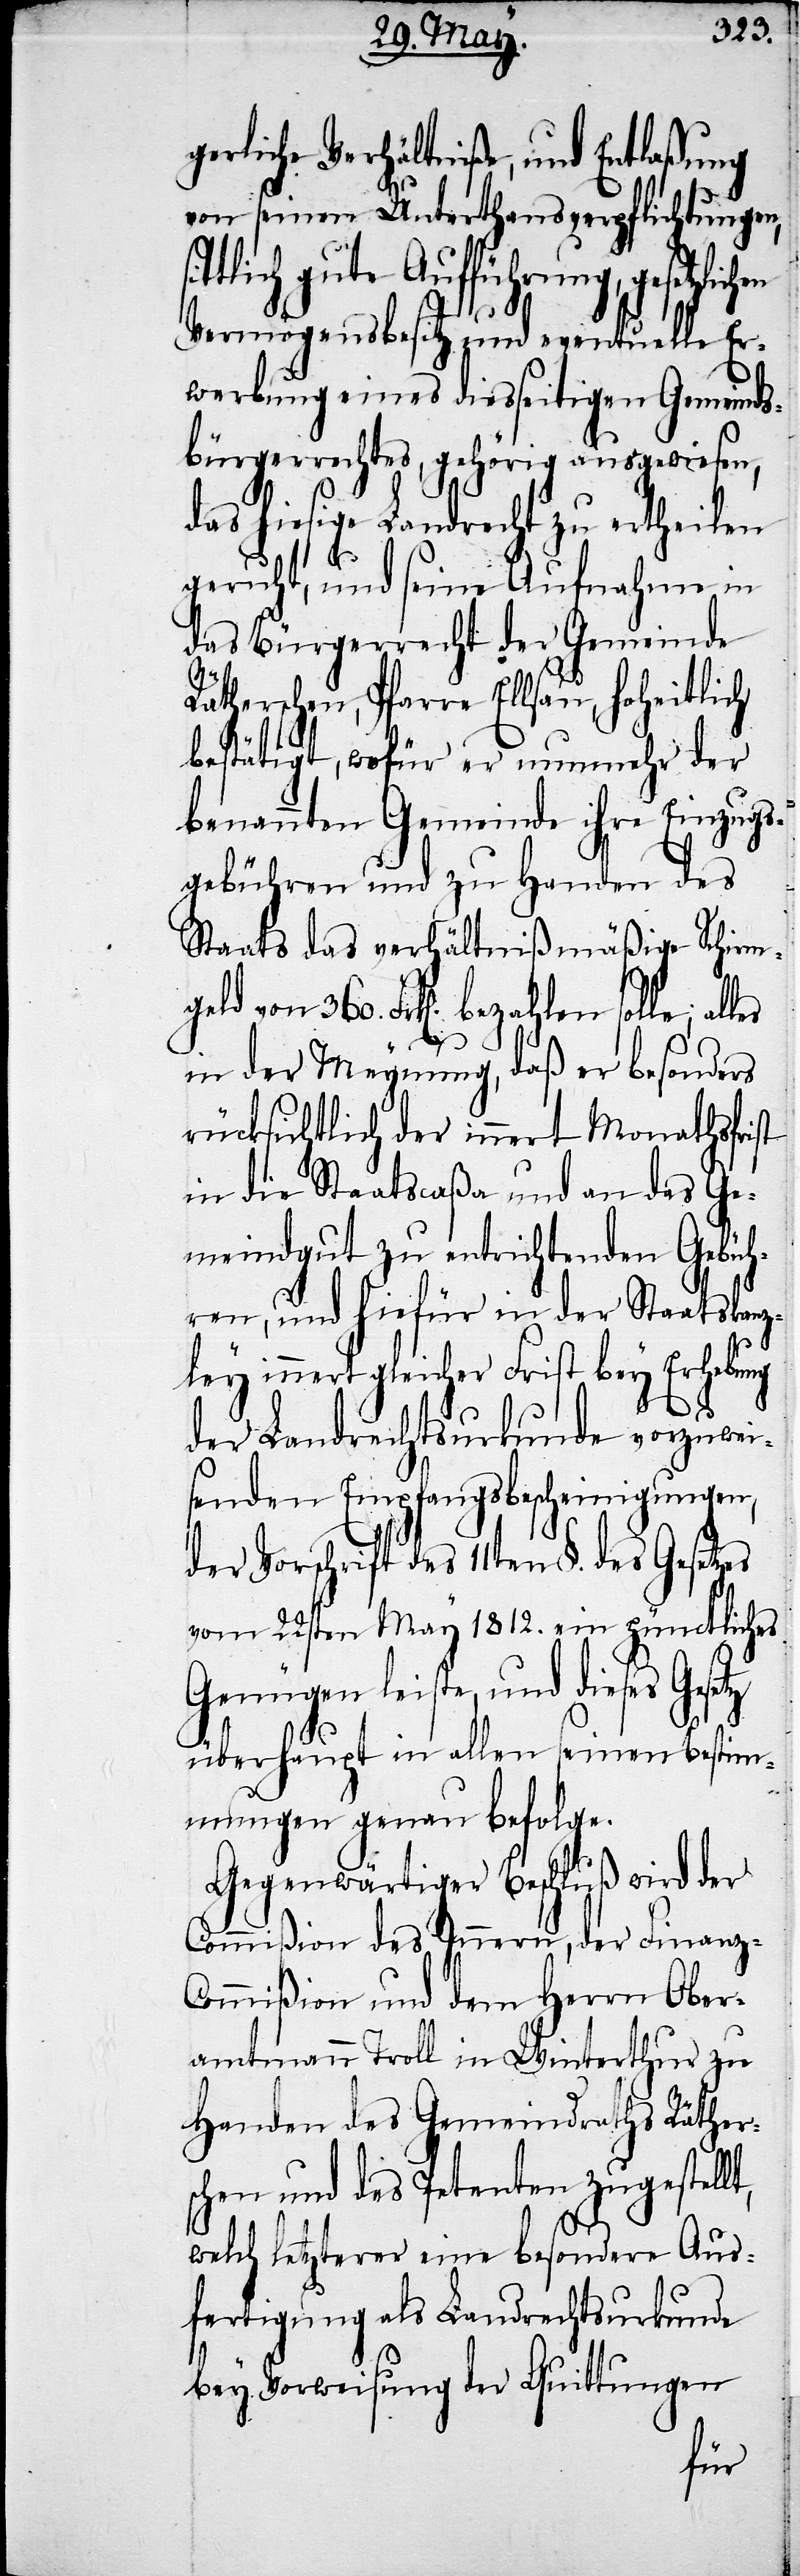
gerliche Verhältniße, und Entlaßung
von seinen Unterthansverpflichtungen,
ittlich gute Aufführung, gesetzlichen
Vermögensbesitz und eventuelle Er¬
werbung eines diesseitigen Gemeinds¬
bürgerrechtes, gehörig ausgewiesen,
das hiesige Landrecht zu ertheilen
geruht, und seine Aufnahme in
das Bürgerrecht der Gemeinde
Rätherschen, Pfarre Ellsau, hoheitlich
bestätigt, wofür er nunmehr der
benannten Gemeinde ihre Einzugs¬
gebühren und zu Handen des
Staats das verhältnißmäßige Schirm¬
geld von 360. Frk[en]. bezahlen solle;
in der Meynung, daß er besonders
rücksichtlich der innert Monathsfrist
in die Staatscaßa und an das Ge¬
meindgut zu entrichtenden Gebüh¬
ren, und hiefür in der Staatskanz¬
ley innert gleicher Frist bey Erhebung
der Landrechtsurkunde vorzuwei¬
senden Empfangsbescheinigungen,
der Vorschrift des 11ten §. des
vom 22sten May 1812. ein pünctliches
Genügen leiste, und dieses Gese¬
überthaupt in allen seinen Bestimm¬
ungen genau befolge.
Gegenwärtiger Beschluß wird der
Commißion des Innern, der Finanz-C¬
ommißion und dem Herrn Ober¬
amtmann Troll in Winterthur zu
Handen des Gemeindraths Räther¬
schen und des Petenten zugestellt,
welch letzterer eine besondere Aus¬
fertigung als Landrechtsurkunde
bey Vorweisung der Quittungen
tz